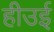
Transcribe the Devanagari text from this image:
हीउई